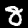
Label: 8